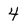
Character: 4